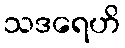
သဒရေဟိ